Bréfritari: Friðgeir Olgeirsson
Viðtakandi: Einar Friðgeirsson
Dagsetning: A-1878-10-30
Skrifað á: Garði  S-Þing.
Faðir Einars

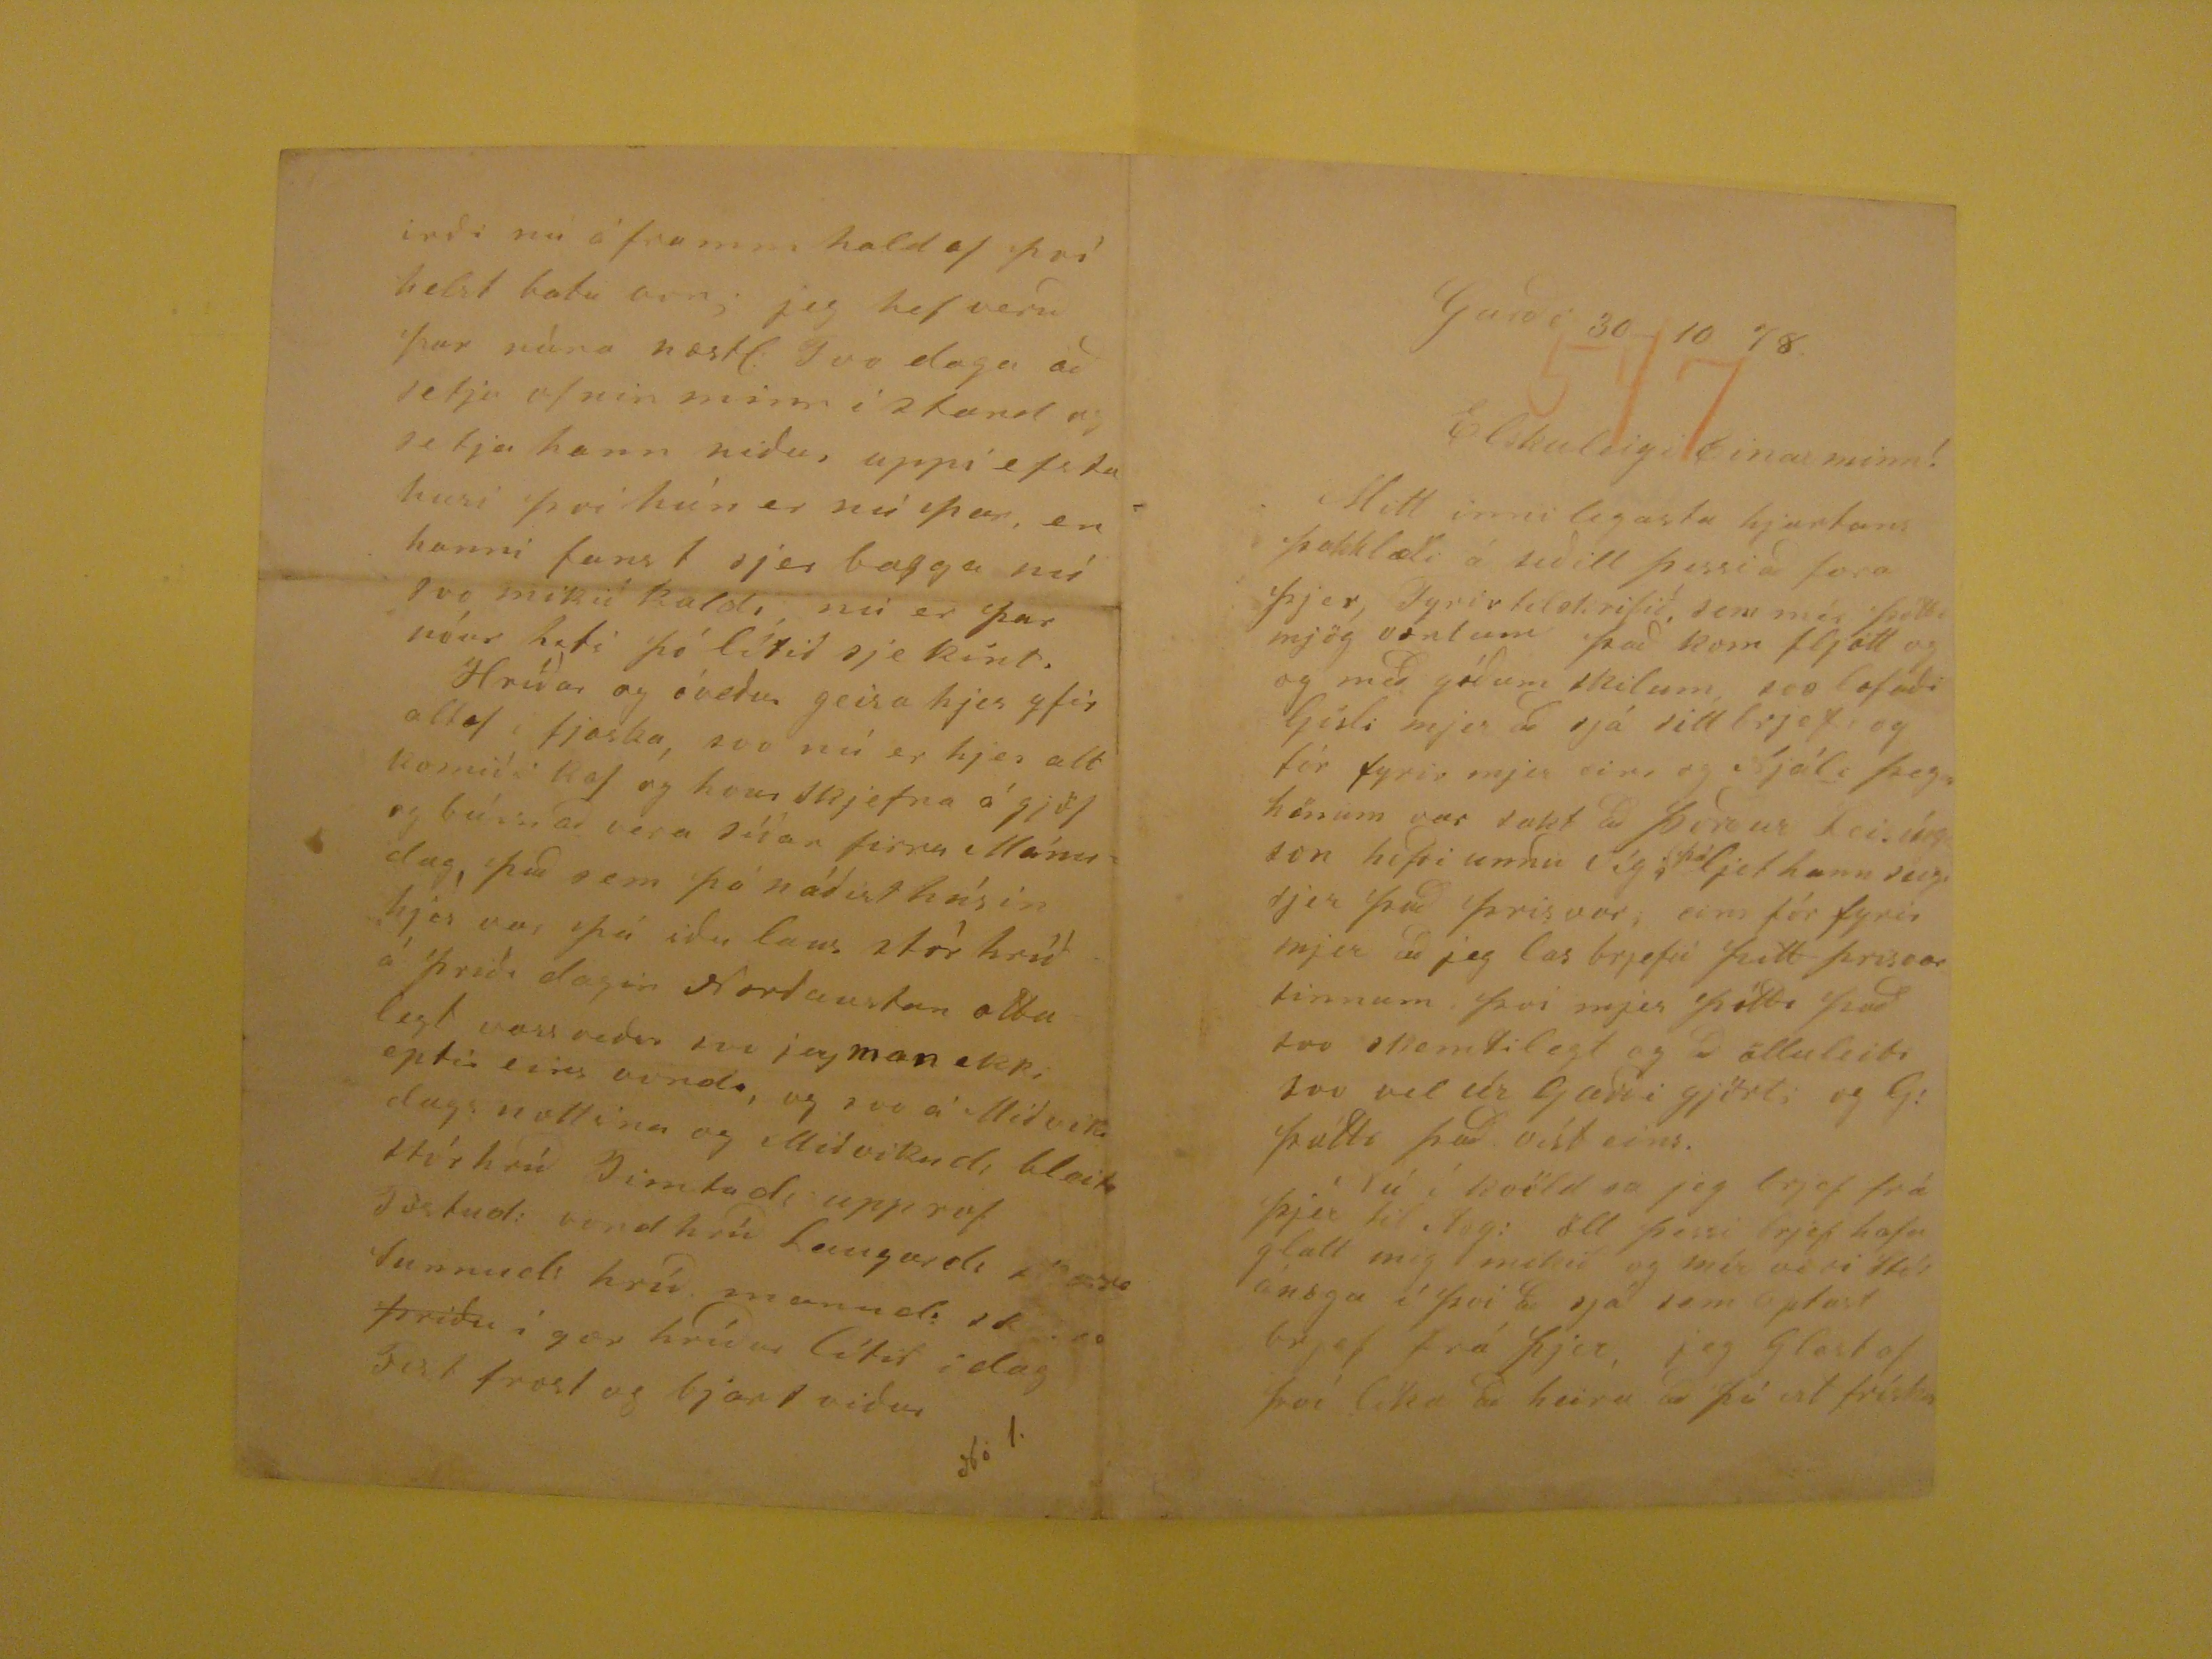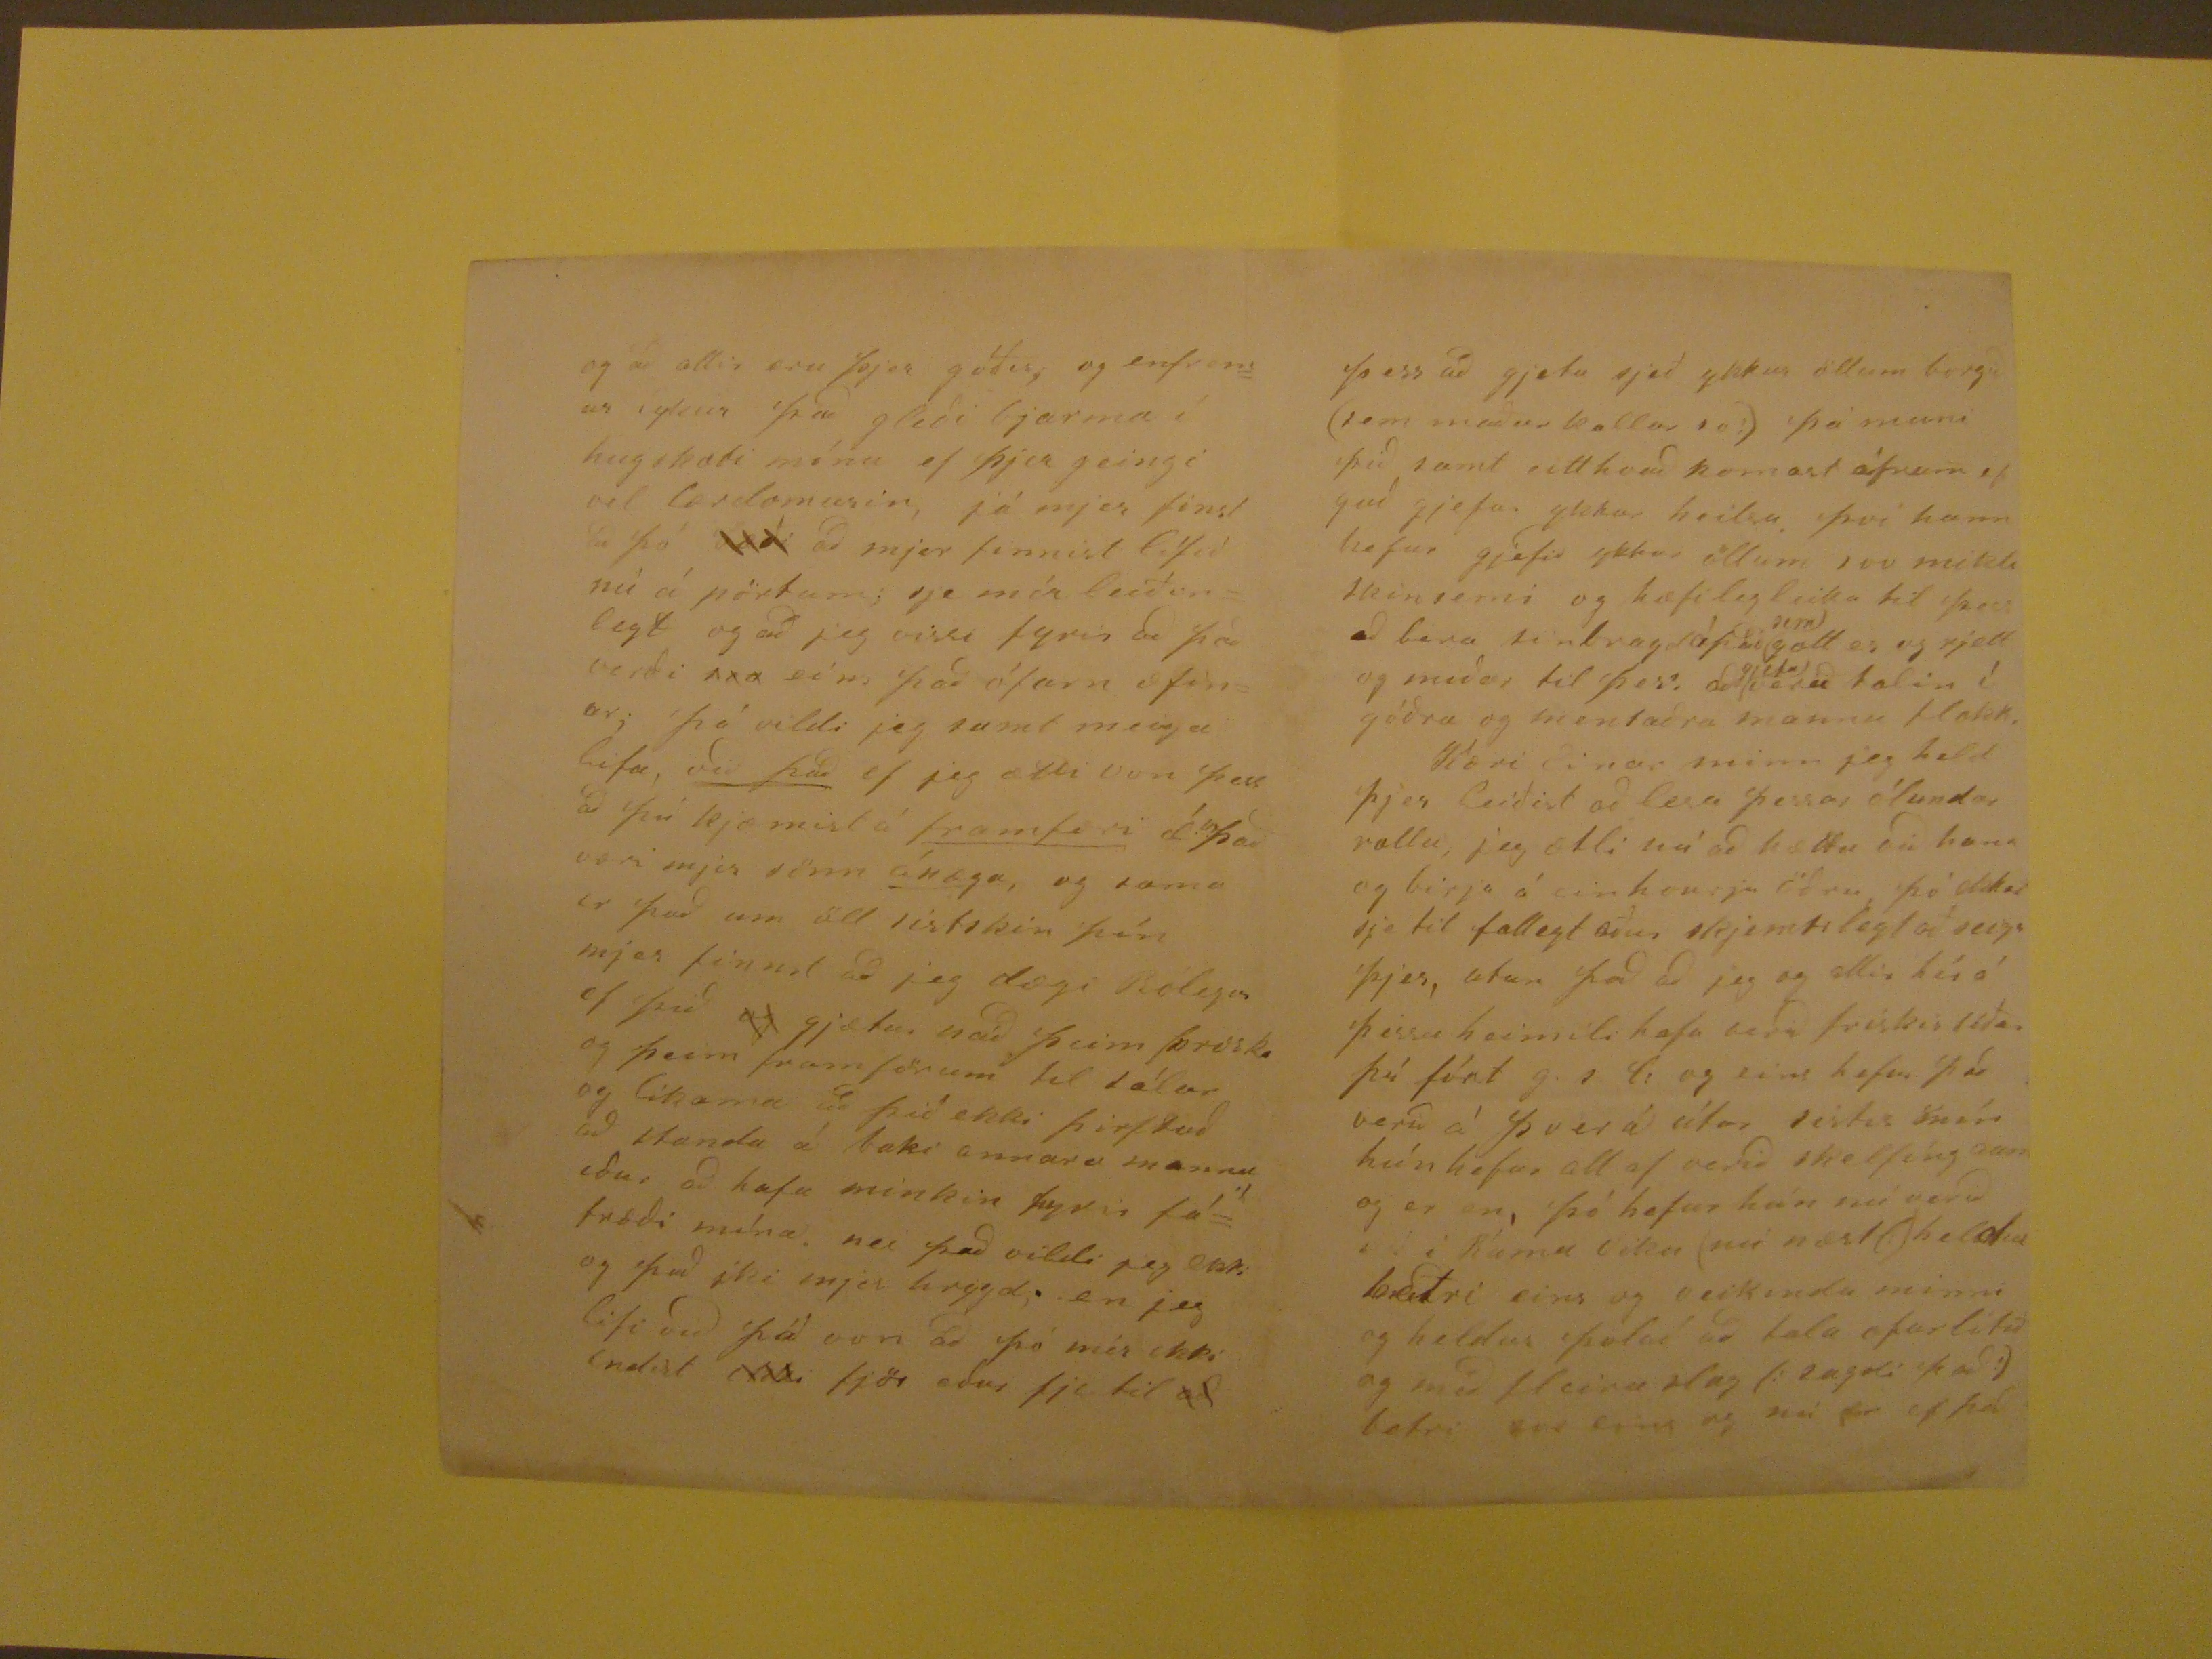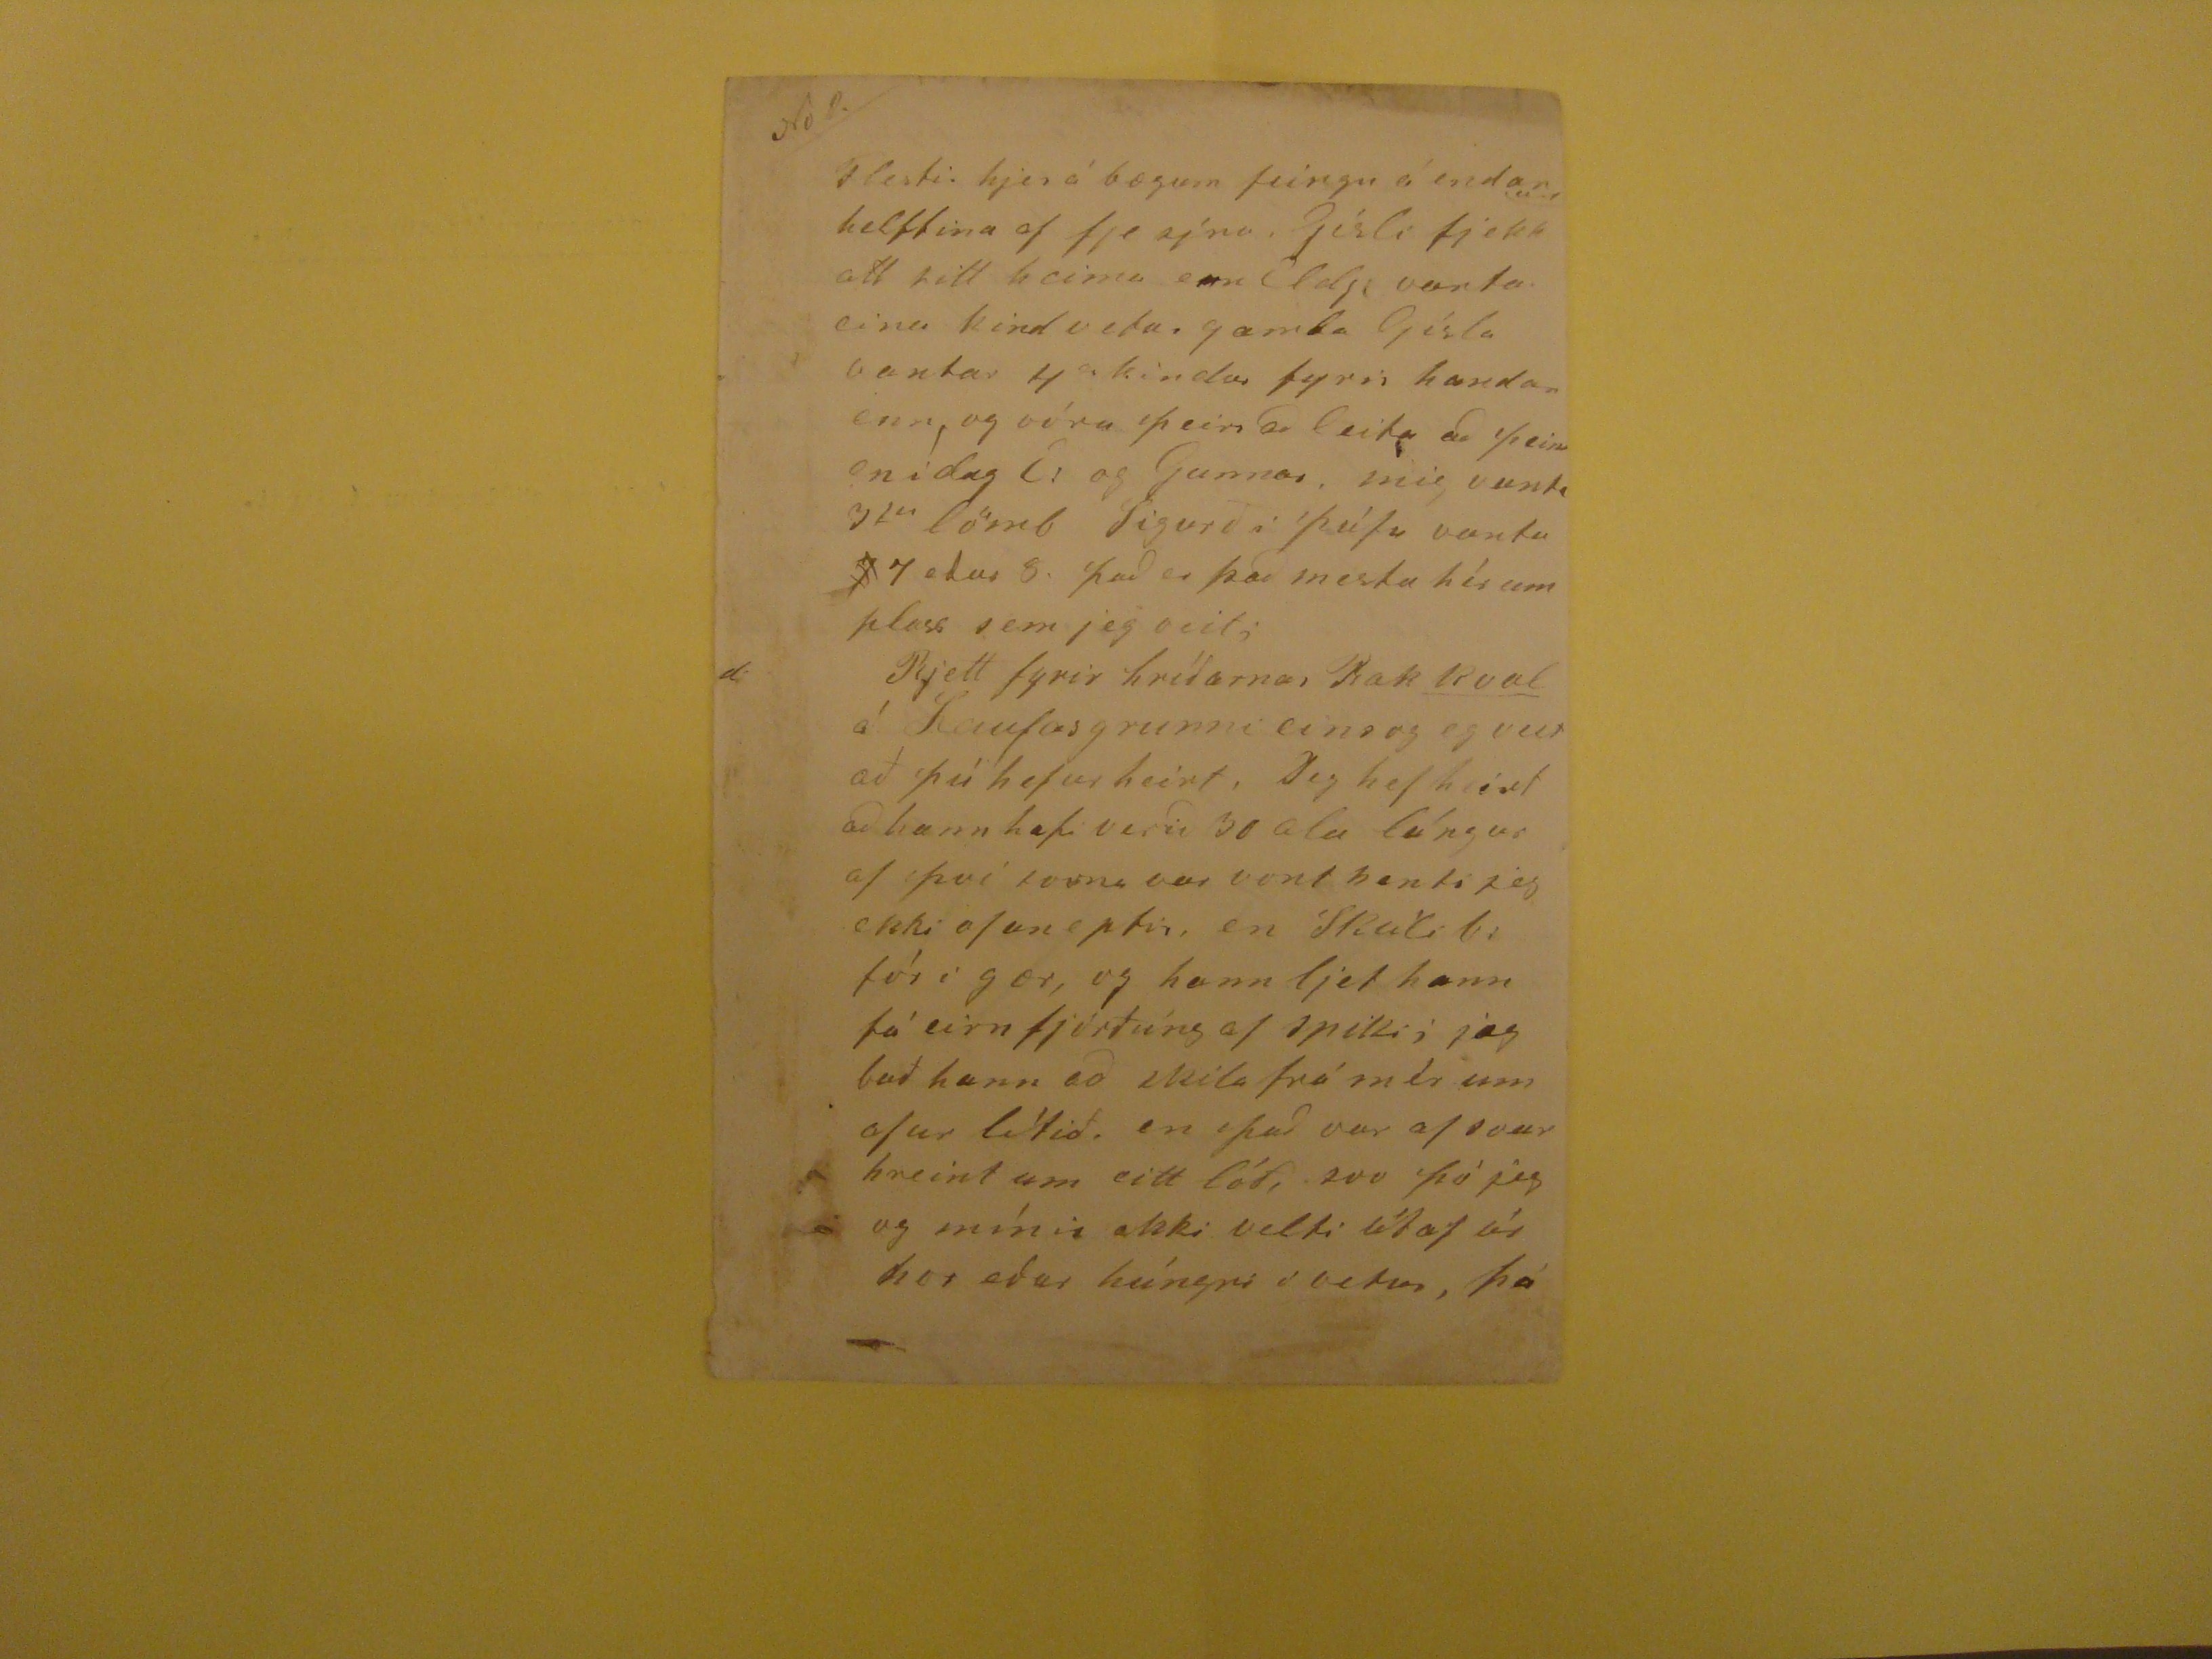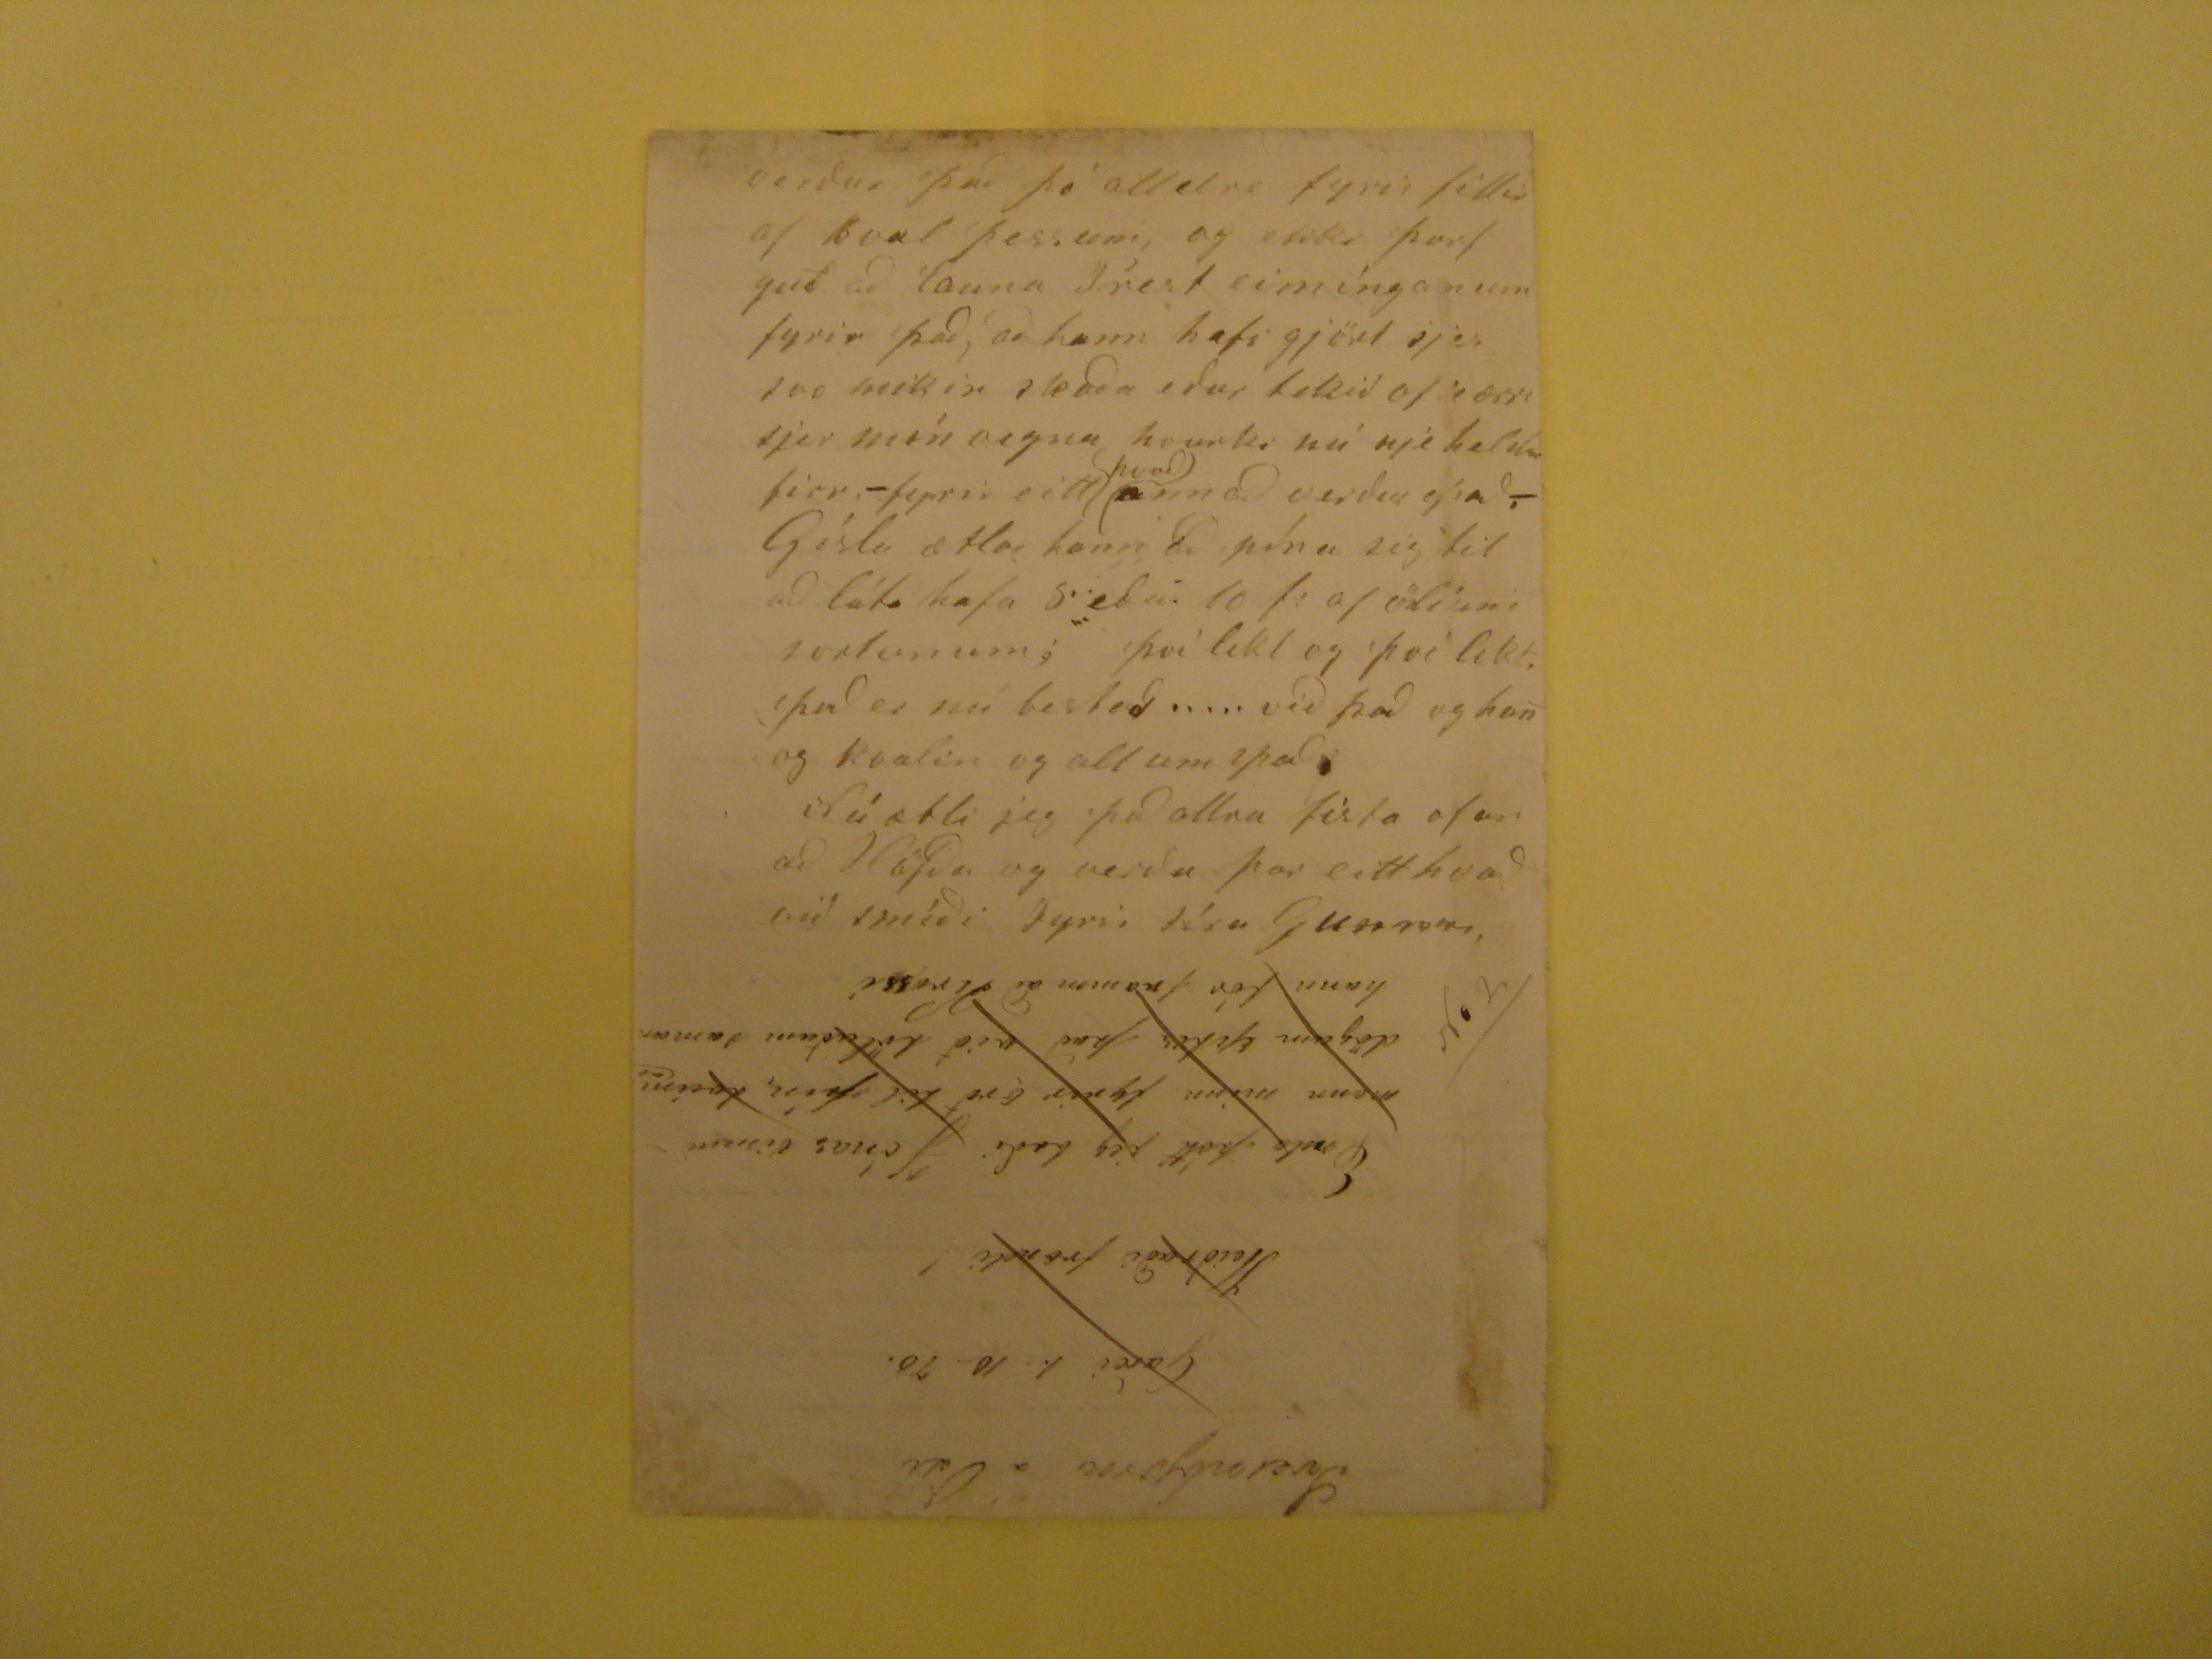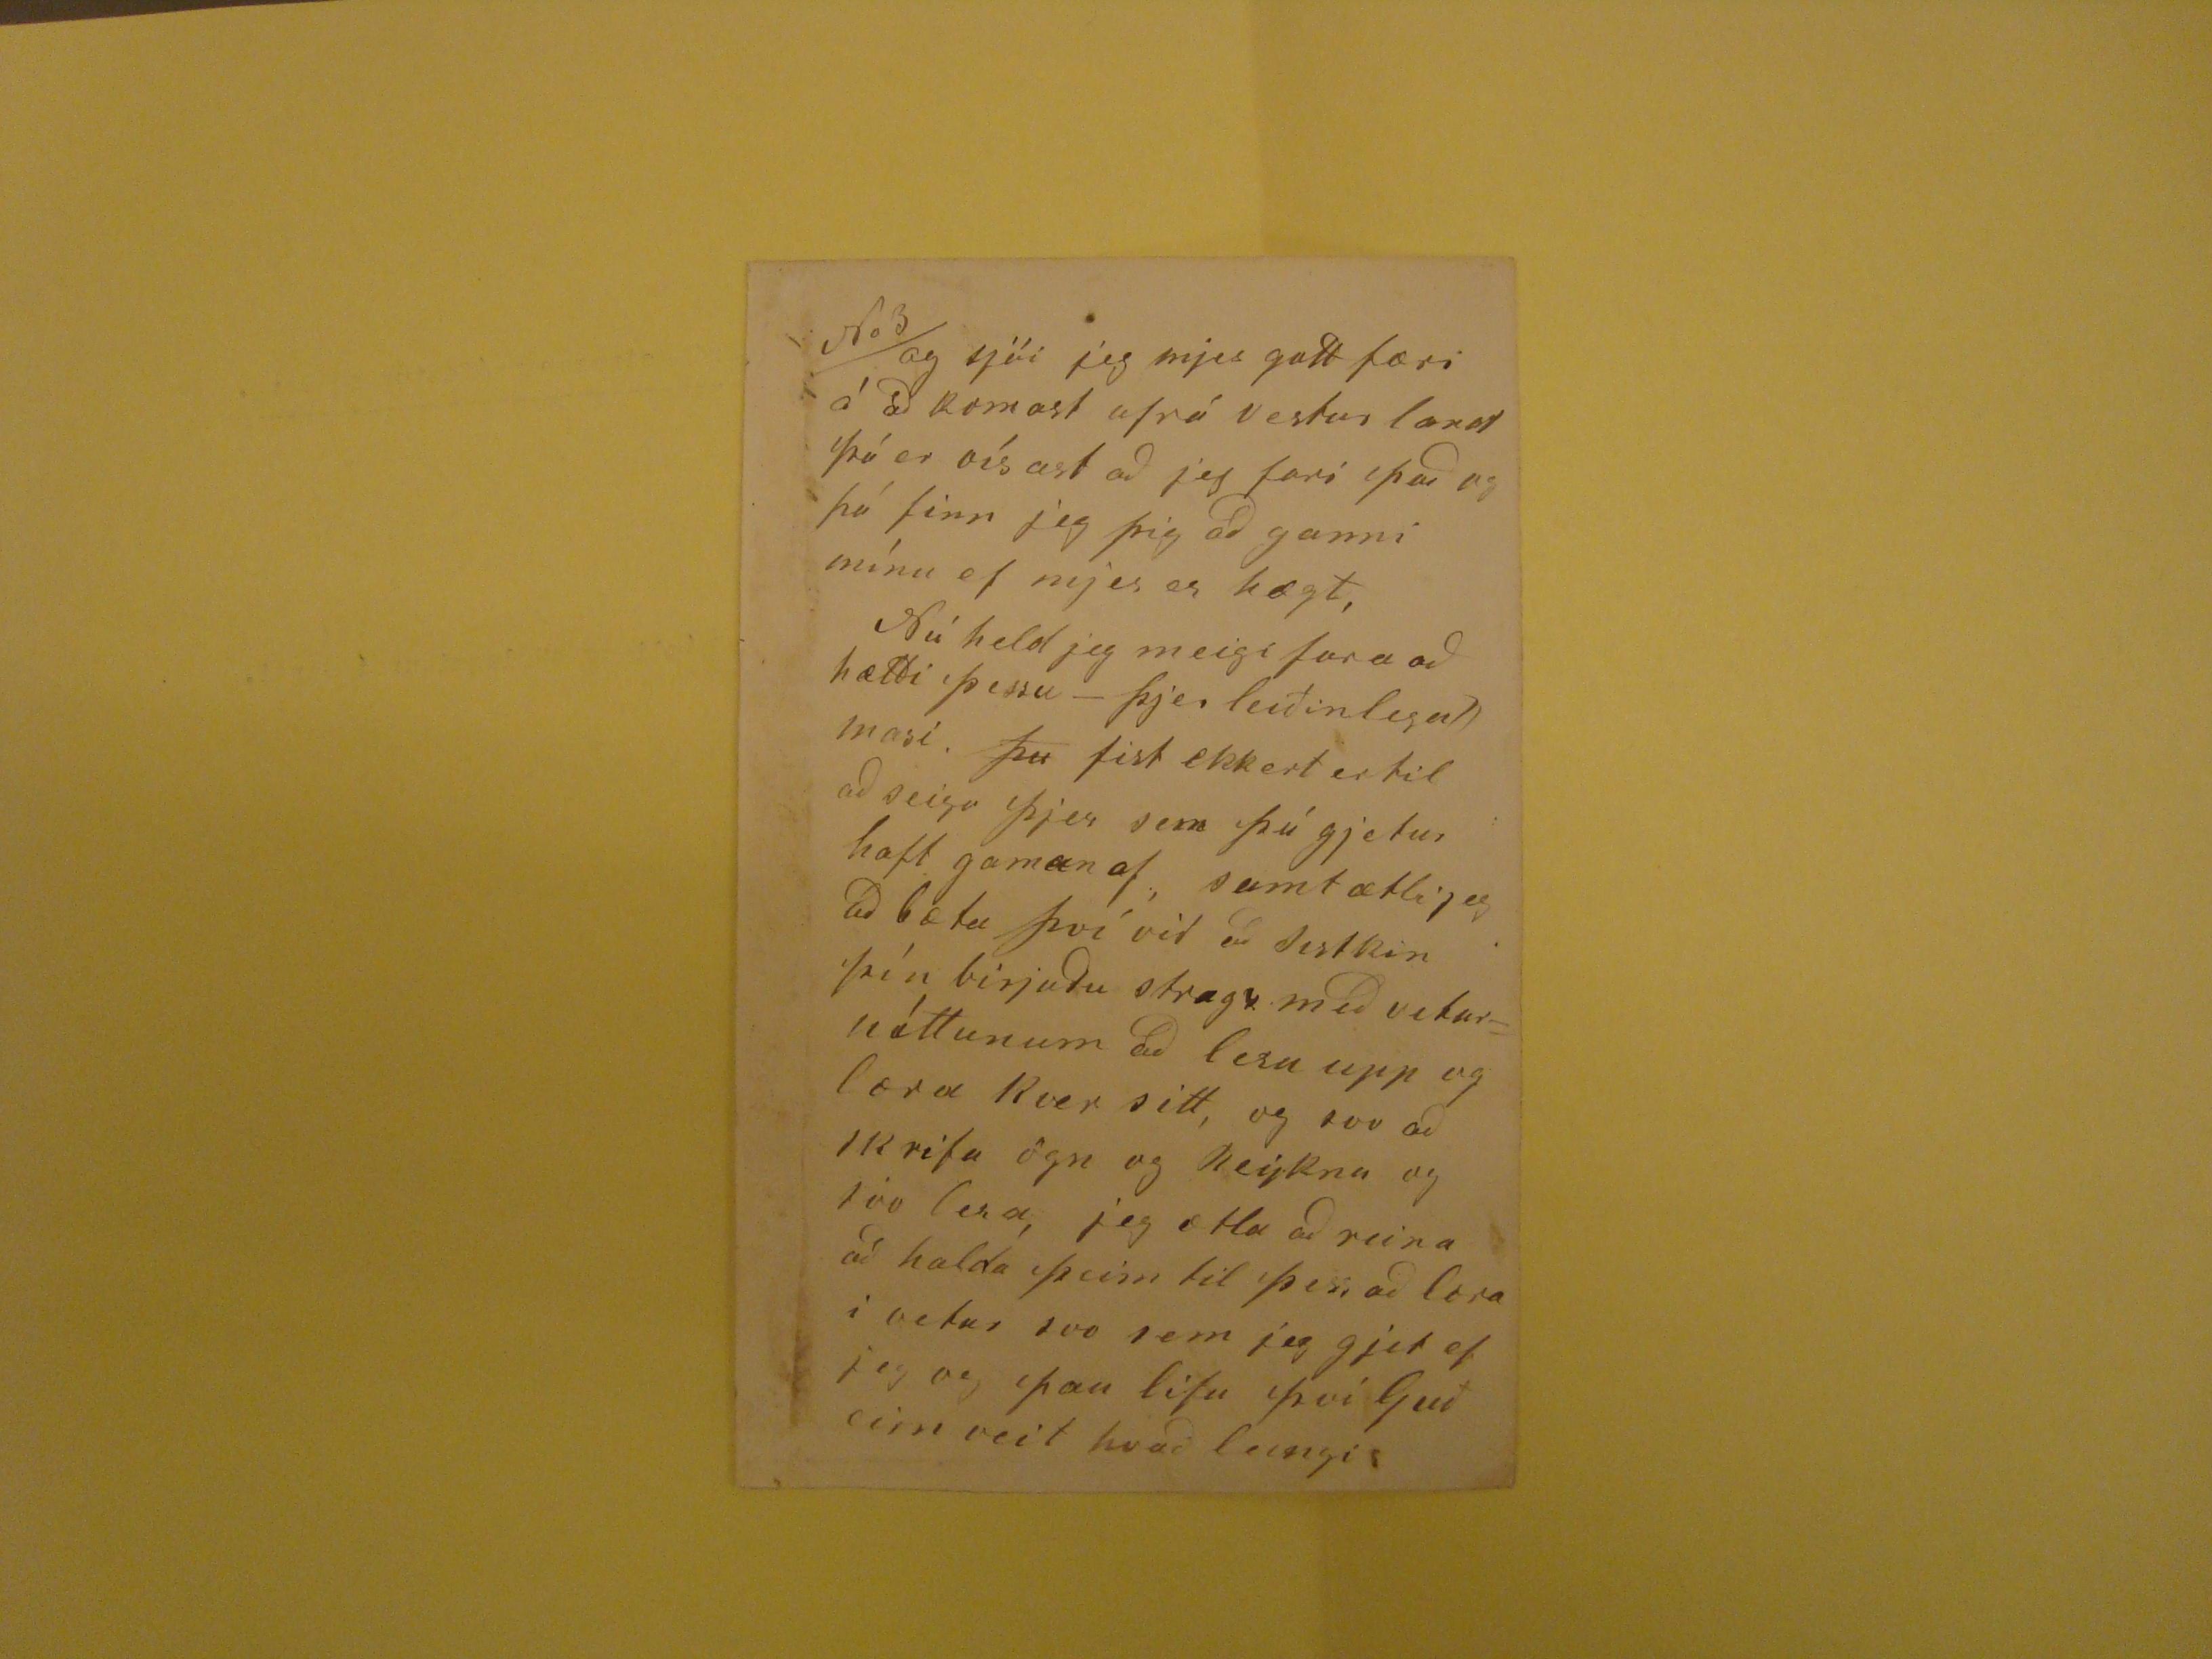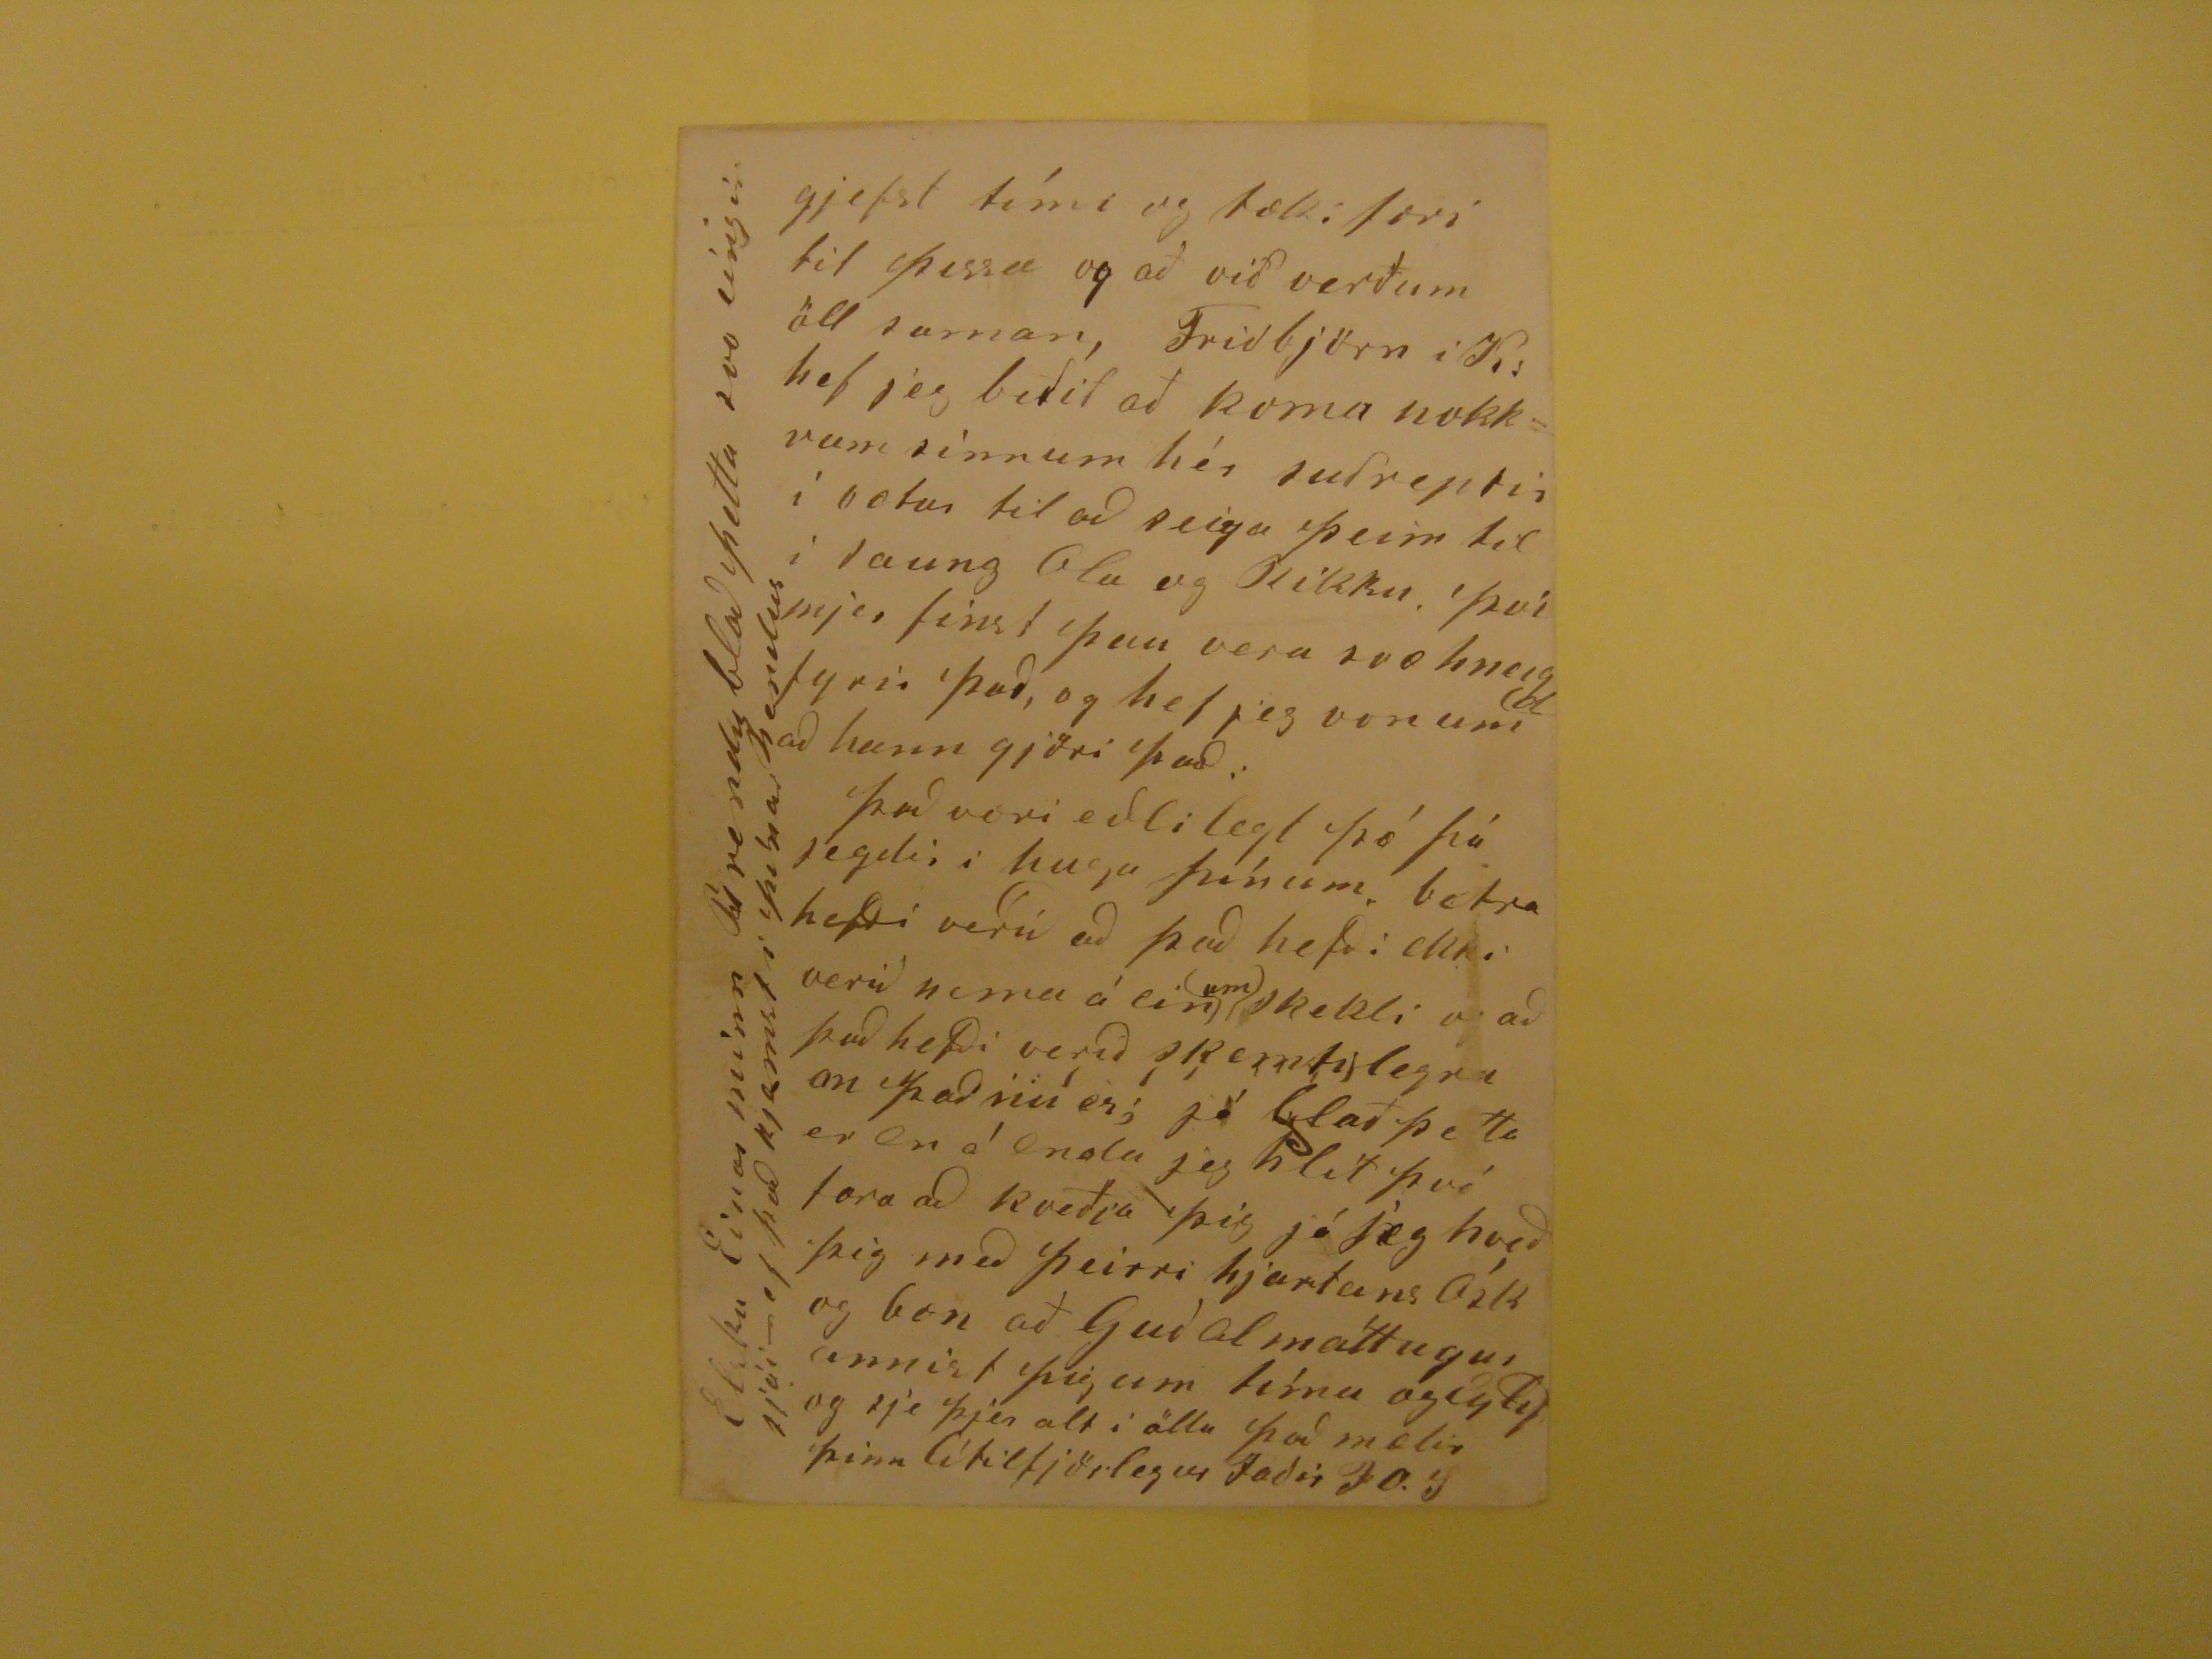

Garði 30-10 78.
Elskuleigi Einar minn!
Mitt innilegasta hjartans þakklæti á seðill þessi að fara þjer, Fyrir tilskrifið, sem mér þótti mjög vænt um það kom fljótt og og með góðum skilum, svo lofaði
gísli mjer að sjá sitt brjef, og fór fyrir mjer eins og Njáli þegar hönum var sakt að Þorður
Leiðúgson
hefði unnið Víg á
place="supralinear">þá
ljet hann seigi sjer það þrisvar; eins fór fyrir mjer að jeg las brjefið þitt þrisvar finnum, því mjer þótti það svo skemtilegt og að öllu
leiti svo vel úr Garði gjört; og G: þótti það víst eins. Nú í kvöld so jeg brjef frá þjer til Asg: öll þessi brjef hafa glatt mig mikið og mér væri Stór ánæga í því að sjá sem
optast brjef frá þjer, jeg glast of því líka að heira að þú ert frísku
og að allir eru þjer góðir, og enfremur Eykur það gleði bjarma í hugskoti mínu ef þjer geingi vel lærdomurin, já mjer finst að þó
bæði að mjer finnist lífið nú á pörtum; sje mér leiðinlegt og að jeg vissi fyrir að það verði
svo
eins það ófarn
æfinar; þó vildi jeg sumt meiga lifa,
við það
ef jeg ætti von þess að þú kjæmist á
framfæri
æ!!? það væri mjer sönn
ánæga
, og sama er það um öll sistskin þín mjer finnst að jeg dægi Rólegur ef þið
rend="overstrike">og
gjætuð náð þeim þroska og þeim framförum til sálar og líkama að þið ekki þirftuð að standa á baki annara manna eður að hafa minkin fyrir
fáfræði mína. nei það vildi jeg ekki og það iki mjer grygd; en jeg lifi við þá von að þó mér ekki endist
ekki
fjör eður fje
til
að
þess að gjeta sjeð ykkur öllum borgið (sem maður kallar so;) þá muni þið samt eitthvað komst áfram ef guð gjefur ykkur heilsu, þvi hann hefur gjefið ykkur
öllum svo mikla skinsemi og hæfilegleika til þess að bera
sinbragdápað
sem
gott er og rjett
og meðar til þess. að
gjeta
verið talin í góðra og mentaðra manna flokk. Kæri Einar minn jeg held þjer leiðist að lesa
þessa, ólundar rollu, jeg ætli nú að hætta við hana og birja á einhverju öðru, þó ekker sje til fallegt eður skjemtilegt að seiga þjer, utan það að jeg og allir hér á þessu
himili hafa verið frískir síðan þú fórst g. s. b. og eins og hefur það verið á Þverá útan sistir mín hún hefur all af verið skelfíng aum og er en, þó hefur hún nú verið
??
í Rúma viku (nú næst
6) heldur hraðri
eins og veikinda minni og heldur þolað að tala ofurlítið og með fleira slag (: sagði
það:) betri svo eins og nú er ef það
irði nú á framm hald af því helst batu orn; jeg hef verið þar núna næstl. Tvo daga að setja ofnin minn í stand og setja hann niður uppí efsta husi því hún er nú
þur
, en henni fanst sjer bagga nú svo mikið kaldi, nú er það nóur hefi þó lítið sje kint. Hríðar og óveður geisa hjer yfir altaf í fjaska, svo nú er
hjer alt komið í kaf og hvur skjefna á gjöf og búin að vera síðan firra Mánudag, það sem þó náðist húsin hjer var þú iðu lan. stór hríð á þriði dagin Norðaustan ollulegt
vossveðri svo jeg man ekki dags nottina og Miðvikud: bleita stórhríð Fimtud; upprof Föstud: vondhríð Laugard:
???
Sunnud: hríð mannd:
???
þriðu
í gær hríðar lítði í dag Fist frost og bjart viður
No 1.
No 2.
Flestir hjer á bægum feingu á endanum helffina af fje sjra Gísli fjekk att
sitt heima enn
Eldji
vanta eina kind vetur gamla Gísla vantar 4 akindur fyrir handan enn, og vóru þeir að leita að þeim en í dag
E:
og GUnna, mig vanta
31u
lömb Sigurð í Þúfu vanta
7
7 eður 8. Það er það mesta hér um plass sem
jeg veit; Rjett fyrir hríðarnar, Rak
Kval
á Laufasgrunni einsog eg veit að þú hefur heirt. Jeg hef heirt að hann hafi verið 30 aln lángur af því
svona var vont henti jeg ekki ofun eptir, en Skúli b: fór í gær, og hann ljet hann fá eirn fjórðúng af spilli; jeg bað hann að skila frá mér um ofur lítið. en það var af
svar hreint um eitt lóð, svo þó jeg og mínir ekki velti út af úr hor eður húngri í vetur, þá
verður það þó alldre fyrir fillir af hval þessum, og ekki þarf guð að launa PRest eimínganum fyrir það, að hann hafi gjört sjer svo mikin skaða eður tekið of
kærsu
sjer mín vegna hvurki nú nje heldur firr,- fyrir eitt
hvað
annað verður það,- Gísla
ætlar hann að pína sig til að láta hafa 8 eða 10
f af ölium
svetunum; því likl og því likt, það er nú bestuð ..... við það og han og kvalin og alt um
það Nú ætli jeg það allra fista ofan að Höfða og verða þar eitthvað við smíði Fyrir síra Gunnar,
No 2
Sveinbjorn á Osi
Garði 1. 10- 70.
Heiðraði frændi!
Enda þótt jeg bæði Jónas vinnu mann minn
fyrir orð til þín, tveimur dögum eptir það við töluðum saman hann fór framm að Krossi
No 3
og sjái jeg mjer gott færi á að komast ufrá vestur land þá er vísast að jeg fari það og þá finn ejg þig að ganni
mínu ef mjer er hægt, Nú held jeg meigi fara að hætti þessu - þjer leiðinlegut masi.
þu
fist ekkert er til að seiga þjer
sem þú gjetur haft gaman af, sumt ætli jeg að bætu því við að sistkin þín birjuðu strags með viturnáttunum að lesa upp og læra Kver sitt, og svo að skrifa ögn og
Reýkna og svo lesa, jeg ætla að reina að halda þeim til þess að læra í vetur svo sem jeg gjet ef jeg og þau lifu þvi Guð eirn veit hvað leingi
gjefst tími og tækifæri til þessa og að við verðum öll saman, Friðbjörn í
I,:
hef jeg biðið að koma nokkrum sinnum hér suðreptir í votur til
að seiga þeim til í saung Ola og Rikku, því mjer finst þau vera svo hneigd fyrir það, og hef jeg von um að hann gjöri það: það væri edlilegt þó þá segdi, i huga þínum,
betra hefði verið að það hefði ekki verið nema á ein
um
skekli og að það hefði verið skemtilegra en það nú er; já
blað þetta er en á enda jeg hlít því fara að kveðja þig já jeg hveð þig með þeirri hjartans Ósk og bæn að Guð almáttugur annist þig um tíma og Eylif og sje þjer alt
í öllu það mælir þinn lítilfjörlegur Faðir FO.S
Elsku Einar minn Brendu blað þetta sov eingir sjái - ef það kjemst í þínar hendur